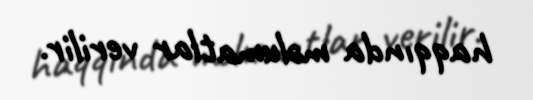
haqqında məlumatlar verilir.